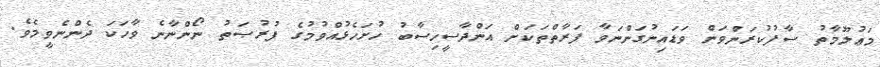
މަޢުލޫމާތު ސާފުކުރަންވަން ވަޑައިނުގަންނަވާ ފަރާތްތަކަށް އަންދާސީހިސާބު ހުށަހެޅުއްވުމުގެ ފުރުޞަތު ނޯންނާނެ ވާހަކަ ދެންނެވީމެވެ.